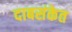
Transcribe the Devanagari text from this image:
दाबसंकेत